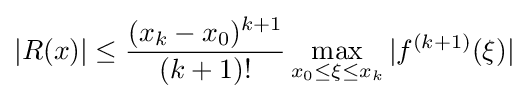
|R(x)|\leq {\frac {(x_{k}-x_{0})^{k+1}}{(k+1)!}}\max _{x_{0}\leq \xi \leq x_{k}}|f^{(k+1)}(\xi )|